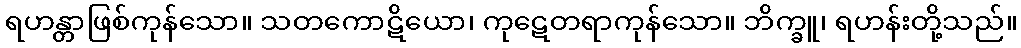
ရဟန္တာဖြစ်ကုန်သော။ သတကောဋိယော၊ ကုဋေတရာကုန်သော။ ဘိက္ခူ၊ ရဟန်းတို့သည်။